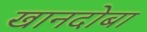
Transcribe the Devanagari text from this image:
खानदोबा